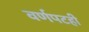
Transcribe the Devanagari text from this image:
वर्णपटही